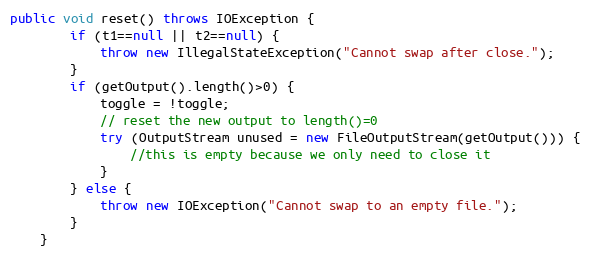
Language: Java
public void reset() throws IOException {
		if (t1==null || t2==null) {
			throw new IllegalStateException("Cannot swap after close.");
		}
		if (getOutput().length()>0) {
			toggle = !toggle;
			// reset the new output to length()=0
			try (OutputStream unused = new FileOutputStream(getOutput())) {
				//this is empty because we only need to close it
			}
		} else {
			throw new IOException("Cannot swap to an empty file.");
		}
	}